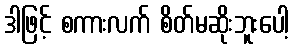
ဒါဖြင့် စကားလက် စိတ်မဆိုးဘူးပေါ့